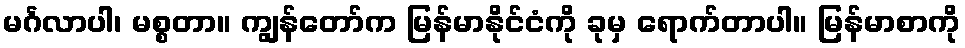
မင်္ဂလာပါ၊ မစ္စတာ။ ကျွန်တော်က မြန်မာနိုင်ငံကို ခုမှ ရောက်တာပါ။ မြန်မာစာကို